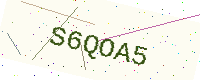
Text: S6QOA5